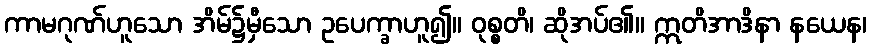
ကာမဂုဏ်ဟူသော အိမ်၌မှီသော ဥပေက္ခာဟူ၍။ ဝုစ္စတိ၊ ဆိုအပ်၏။ ဣတိအာဒိနာ နယေန၊